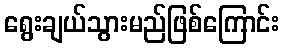
ရွေးချယ်သွားမည်ဖြစ်ကြောင်း